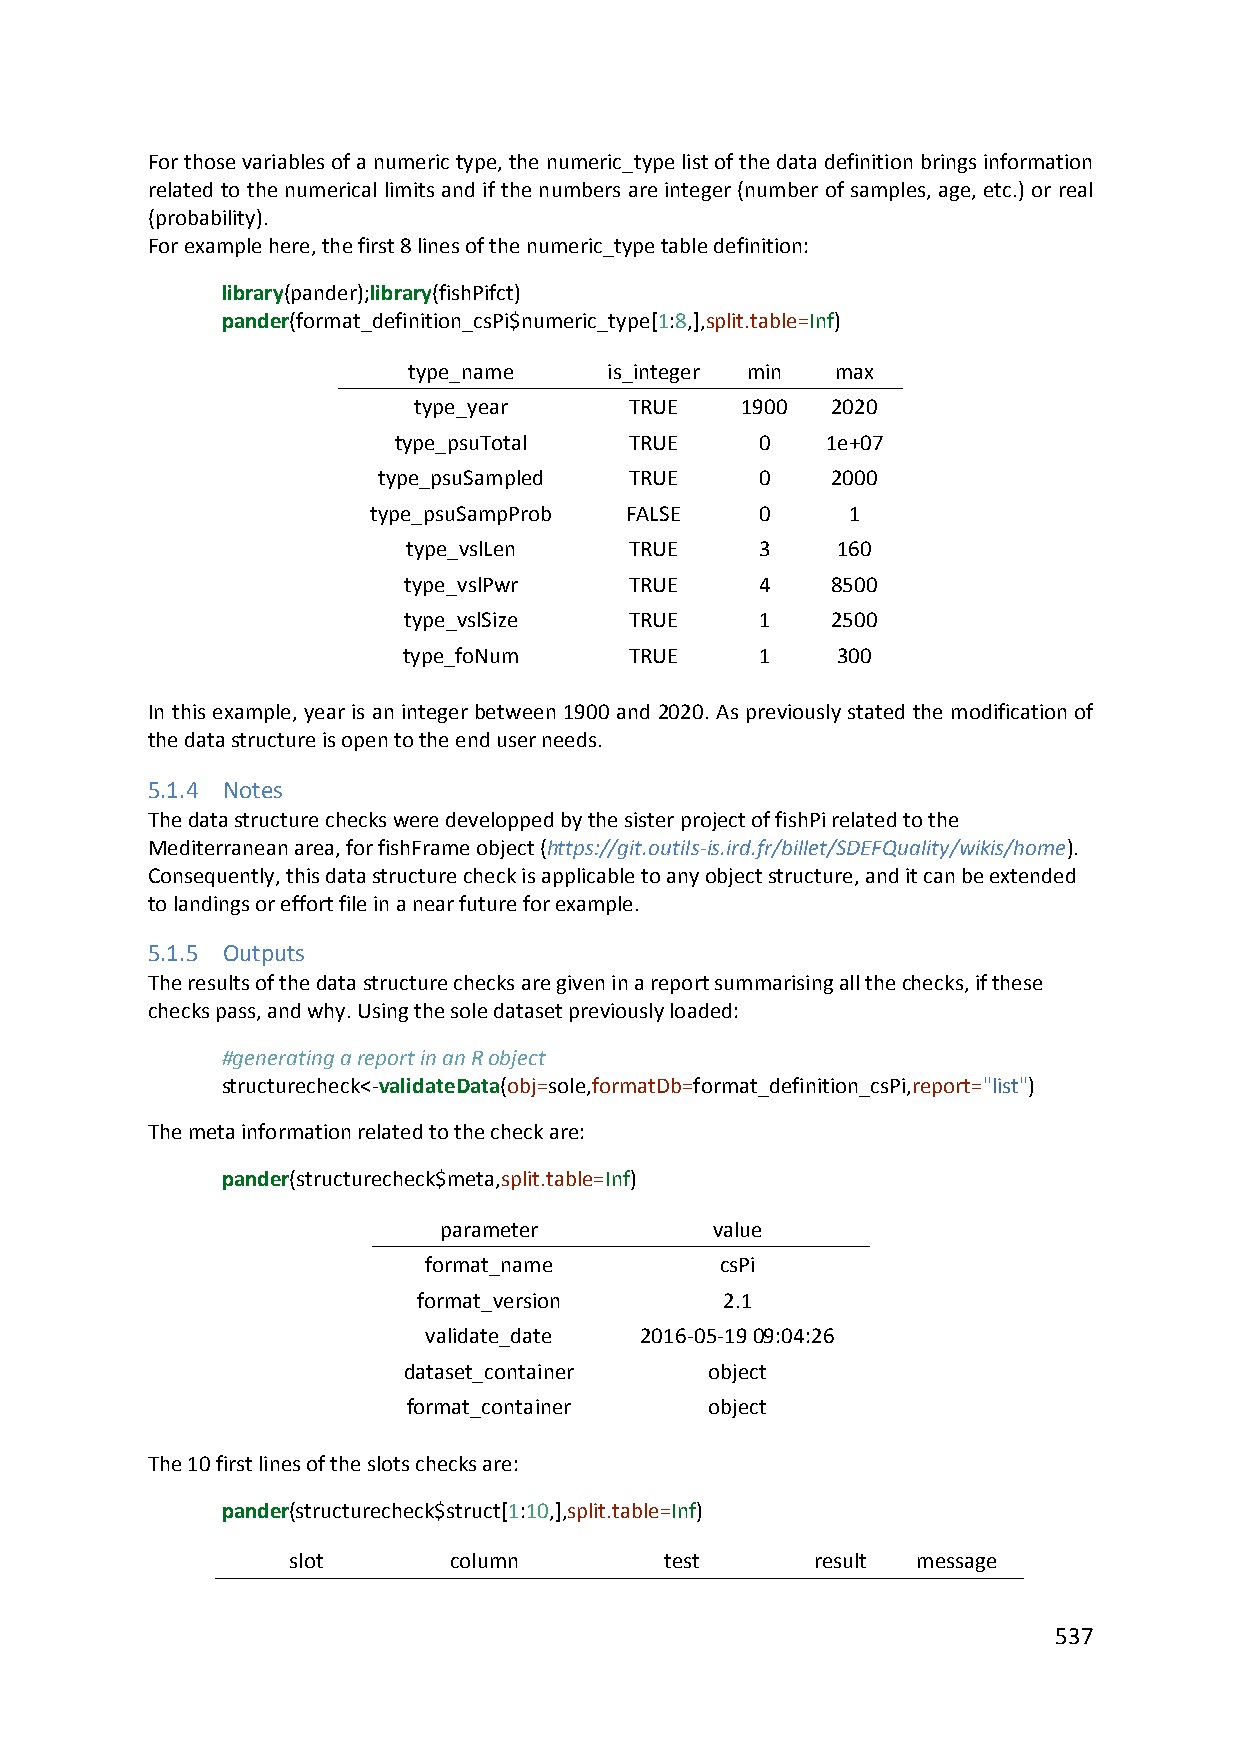
For those variables of a numeric type, the numeric_type list of the data definition brings information
 related to the numerical limits and if the numbers are integer (number of samples, age, etc.) or real
 (probability).
 For example here, the first 8 lines of the numeric_type table definition:
 library(pander);library(fishPifct)
 pander(format_definition_csPi$numeric_type[1:8,],split.table=Inf)
 type_name    is_integer min max
 type_year      TRUE   1900  2020
 type_psuTotal   TRUE    0    1e+07
 type_psuSampled  TRUE    0    2000
 type_psuSampProb FALSE    0     1
 type_vslLen    TRUE    3    160
 type_vslPwr    TRUE    4    8500
 type_vslSize   TRUE    1    2500
 type_foNum     TRUE    1    300
 In this example, year is an integer between 1900 and 2020. As previously stated the modification of
 the data structure is open to the end user needs.
 5.1.4 Notes
 The data structure checks were developped by the sister project of fishPi related to the
 Mediterranean area, for fishFrame object (https://git.outils‐is.ird.fr/billet/SDEFQuality/wikis/home).
 Consequently, this data structure check is applicable to any object structure, and it can be extended
 to landings or effort file in a near future for example.
 5.1.5 Outputs
 The results of the data structure checks are given in a report summarising all the checks, if these
 checks pass, and why. Using the sole dataset previously loaded:
 #generating a report in an R object
 structurecheck<‐validateData(obj=sole,formatDb=format_definition_csPi,report="list")
 The meta information related to the check are:
 pander(structurecheck$meta,split.table=Inf)
 parameter         value
 format_name         csPi
 format_version      2.1
 validate_date 2016‐05‐19 09:04:26
 dataset_container   object
 format_container    object
 The 10 first lines of the slots checks are:
 pander(structurecheck$struct[1:10,],split.table=Inf)
 slot       column        test      result message
 537